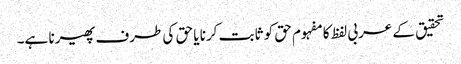
تحقیق کے عربی لفظ کا مفہوم حق کو ثابت کرنا یا حق کی طرف پھیرنا ہے۔